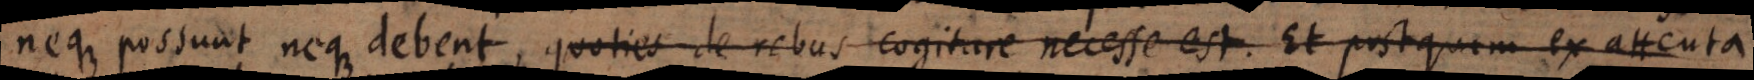
neque possunt neque debent, quoties de rebus cogitare necesse est. Et postquam ex attenta